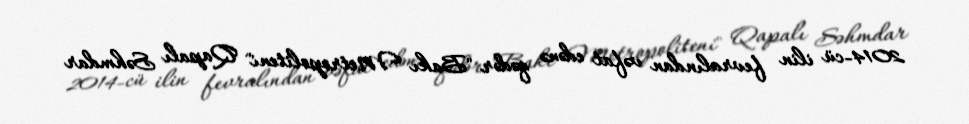
2014-cü ilin fevralından vəfat edənə qədər "Bakı Metropoliteni" Qapalı Səhmdar